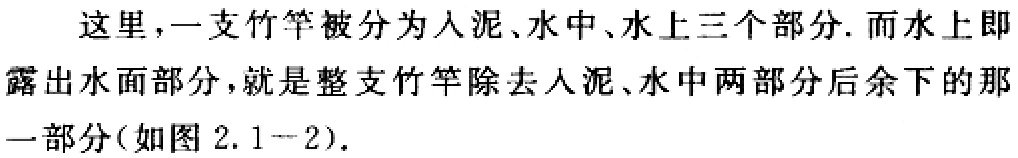
这里，一支竹竿被分为入泥、水中、水上三个部分. 而水上即露出水面部分，就是整支竹竿除去入泥、水中两部分后余下的那一部分(如图 2.1-2).